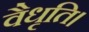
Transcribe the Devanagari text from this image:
वैधृति।